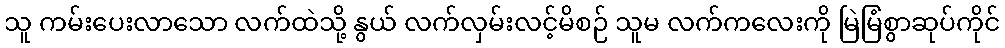
သူ ကမ်းပေးလာသော လက်ထဲသို့ နွယ် လက်လှမ်းလင့်မိစဉ် သူမ လက်ကလေးကို မြဲမြံစွာဆုပ်ကိုင်